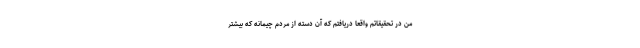
من در تحقیقاتم واقعاً دریافتم که آن دسته از مردم چیمانه‌ که بیشترِ